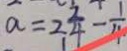
a = 2 \frac { \pi } { 4 } - \frac { 1 } { 4 }